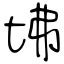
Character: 坲